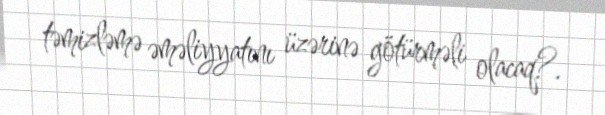
təmizləmə əməliyyatını üzərinə götürməli olacaq?.